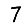
Digit: 7